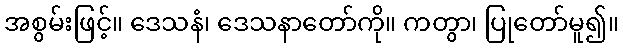
အစွမ်းဖြင့်။ ဒေသနံ၊ ဒေသနာတော်ကို။ ကတွာ၊ ပြုတော်မူ၍။